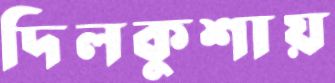
দিলকুশায়